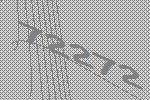
72272